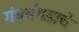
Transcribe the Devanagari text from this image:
गंधर्वगडाचे